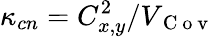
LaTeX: \kappa_{cn}=C_{x,y}^{2}/V_{\mathrm{~C~o~v~}}